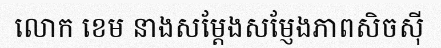
លោក ខេម នាងសម្តែងសម្ញែងភាពសិចស៊ី